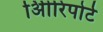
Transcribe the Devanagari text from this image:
अिीरिपोर्ट